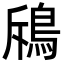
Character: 𩿪